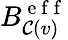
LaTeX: B_{\mathcal{C}(v)}^{\mathrm{{~e~f~f~}}}